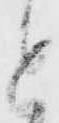
と